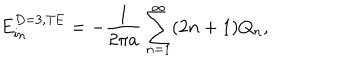
E _ { \mathrm { i n } } ^ { D = 3 , \mathrm { T E } } = - { \frac { 1 } { 2 \pi a } } \sum _ { n = 1 } ^ { \infty } ( 2 n + 1 ) Q _ { n } ,